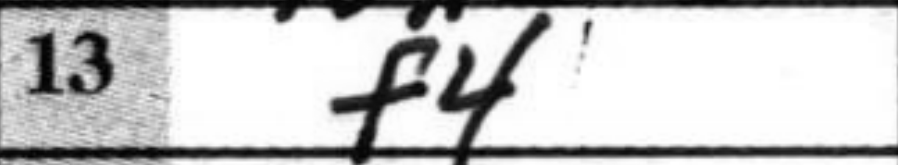
Transcription: f4